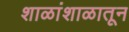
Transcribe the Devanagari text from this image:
शाळांशाळातून